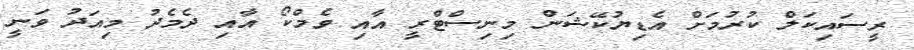
ރީސައިކަލް ކުރުމަށް އެޑިޔުކޭޝަން މިނިސްޓްރީ އާއި ވެމްކޯ އާއި ދެމެދު މިއަދު ވަނީ